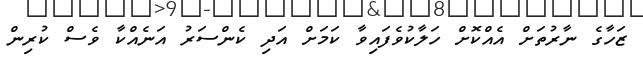
ޒަހާގެ ނާރުތަށް އެއްކޮށް ހަލާކުވެފައިވާ ކަމަށް އަދި ކެންސަރު އަނެއްކާ ވެސް ކުރިން